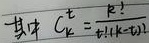
其中 $C_{k}^{t}=\frac{k!}{t!(k - t)!}$ 。